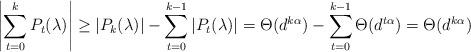
LaTeX: \begin{align*}\left|\sum_{t=0}^{k} P_t(\lambda)\right| &\geq |P_k(\lambda)| - \sum_{t=0}^{k-1} |P_t(\lambda)| = \Theta(d^{k\alpha}) - \sum_{t=0}^{k-1} \Theta(d^{t\alpha})= \Theta(d^{k\alpha})\end{align*}